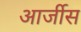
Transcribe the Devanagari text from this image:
आर्जीस